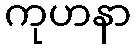
ကုဟနာ